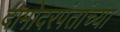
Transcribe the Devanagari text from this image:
दामोदरपंतांच्या